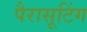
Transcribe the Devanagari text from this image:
पैरासूटिंग